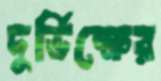
দুর্ভিক্ষের